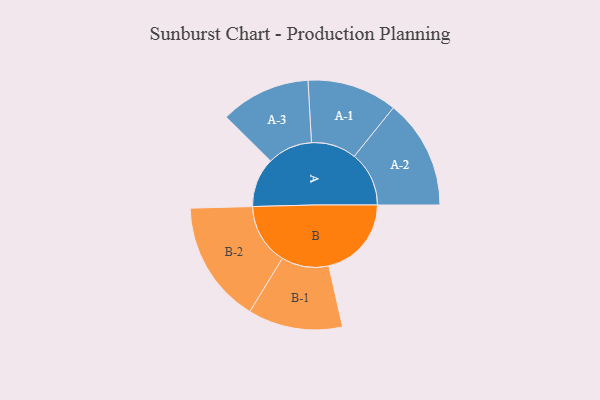
{"axis": {"x": "Segment", "y": "Value"}, "legend": ["", "A", "B"], "data": [{"x": "A", "y": 193, "type": ""}, {"x": "B", "y": 323, "type": ""}, {"x": "A-1", "y": 176, "type": "A"}, {"x": "A-2", "y": 214, "type": "A"}, {"x": "A-3", "y": 176, "type": "A"}, {"x": "B-1", "y": 185, "type": "B"}, {"x": "B-2", "y": 239, "type": "B"}]}